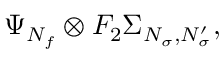
\Psi _ { N _ { f } } \otimes F _ { 2 } \Sigma _ { N _ { \sigma } , N _ { \sigma } ^ { \prime } } ,